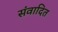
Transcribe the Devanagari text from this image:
संवादित